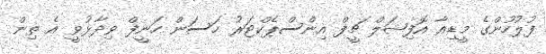
ފުލުހުންގެ މީޑިއާ އޮފިޝަލް ޗީފް އިންސްޕެކްޓަރު ހަސަން ހަނީފް ވިދާޅުވީ އެ ތިން